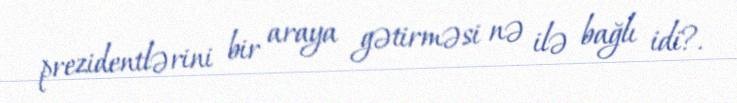
prezidentlərini bir araya gətirməsi nə ilə bağlı idi?.